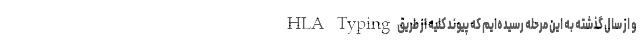
و از سال گذشته به این مرحله رسیده‌ایم كه پیوند كلیه از طریق HLA Typing